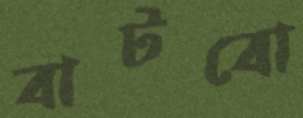
বাটবো